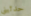
حدثيني